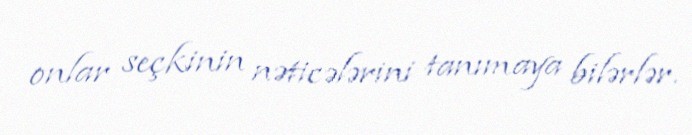
onlar seçkinin nəticələrini tanımaya bilərlər.